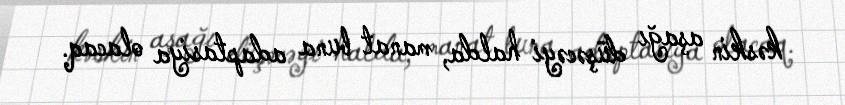
kəskin aşağı düşəcəyi halda, manat buna adaptasiya olacaq.